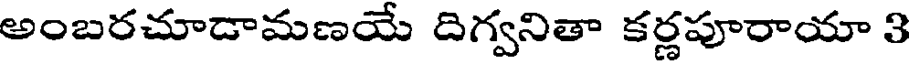
అంబరచూడామణయే దిగ్వనితా కర్ణపూరాయా 3